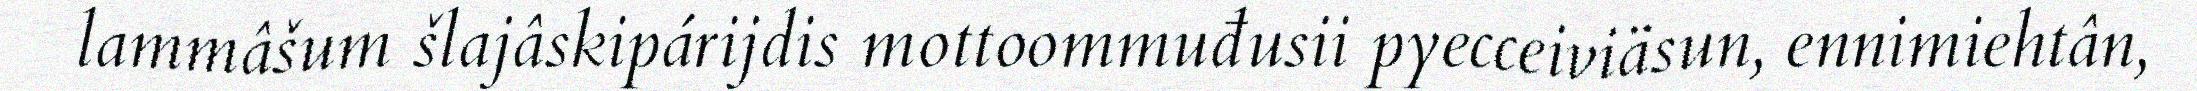
lammâšum šlajâskipárijdis mottoommuđusii pyecceiviäsun, ennimiehtân,